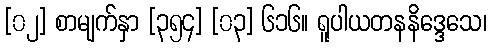
[၀၂] စာမျက်နှာ [၃၅၄] [၀၃] ၆၁၆။ ရူပါယတနနိဒ္ဒေသေ၊